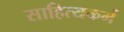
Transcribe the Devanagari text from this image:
साहित्यकर्म